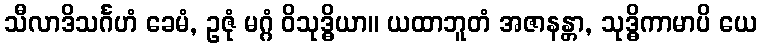
သီလာဒိသင်္ဂဟံ ခေမံ, ဥဇုံ မဂ္ဂံ ဝိသုဒ္ဓိယာ။ ယထာဘူတံ အဇာနန္တာ, သုဒ္ဓိကာမာပိ ယေ